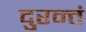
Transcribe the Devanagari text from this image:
दुरन्तं